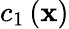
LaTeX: c_{1}\left(\mathbf{x}\right)